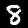
Label: 8